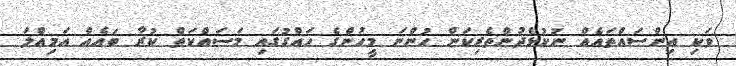
ވަކި އިންސައްތައެއް ނުކުޅެދުންތެރިކަން ހުންނަ މީހުންގެ ހައްގުގައި މަސައްކަތް ކުރާ ބައެއް އަމިއްލަ